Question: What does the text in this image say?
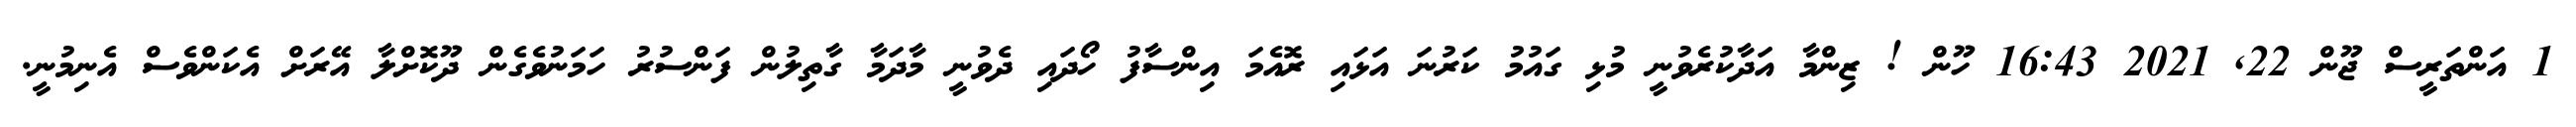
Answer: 1 އަންތަރީސް ޖޫން 22, 2021 16:43 ހޫން ! ޒިންމާ އަދާކުރެވުނީ މުޅި ގައުމު ކަރުނަ އަޅައި ރޮއެމަ އިންސާފު ހޯދައި ދެވުނީ މާދަމާ ގާތިލުން ފަންސުރު ހަމަނުވެގެން ދޫކޮށްލާ އޭރަށް އެކަންވެސް އެނިމުނީ.